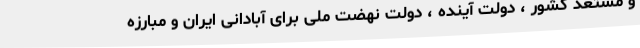
و مستعد کشور ، دولت آینده ، دولت نهضت ملی برای آبادانی ایران و مبارزه